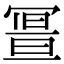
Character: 𠖚